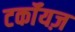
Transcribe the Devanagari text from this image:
टर्कॉयज़